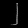
Digit: ၂